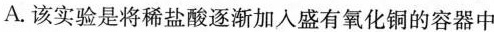
A.该实验是将稀盐酸逐渐加入盛有氧化铜的容器中